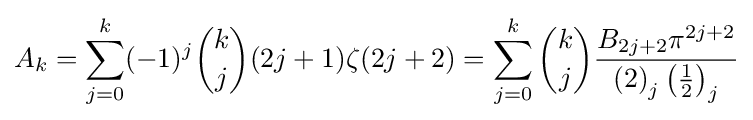
A_{k}=\sum _{j=0}^{k}(-1)^{j}{\binom {k}{j}}(2j+1)\zeta (2j+2)=\sum _{j=0}^{k}{\binom {k}{j}}{\frac {B_{2j+2}\pi ^{2j+2}}{\left(2\right)_{j}\left({\frac {1}{2}}\right)_{j}}}